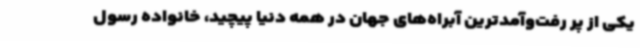
یکی از پر رفت‌وآمدترین آبراه‌های جهان در همه دنیا پیچید، خانواده رسول